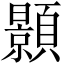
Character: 顥